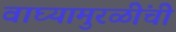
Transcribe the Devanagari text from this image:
वाघ्यामुरळींची